Indian journal of veterinary science and animal husbandry - Volume 10,
Year: 1940
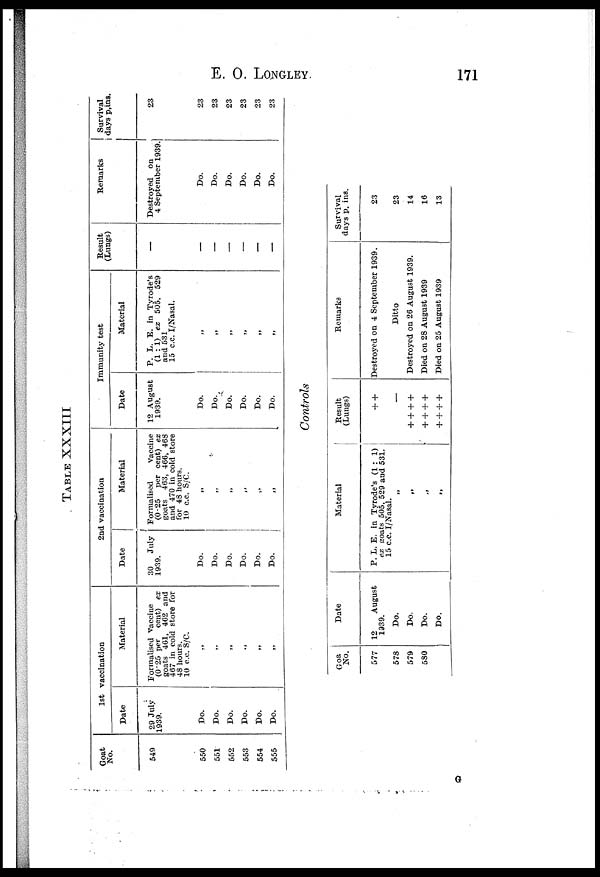
E. O. LONGLEY.
171
TABLE XXXIII
Goat
No.
549
550
551
552
553
554
555
1st vaccination
Date
29 July
1939.
Do.
Do.
Do.
Do.
Do.
Do.
Material
Formalised vaccine
(0.25 per cent) ex
goats 461, 402 and
467 in cold store for
48 hours.
10 c.c. S/C.
„
„
„
„
„
„
2nd vaccination
Date
30
July
1939.
Do.
Do.
Do.
Do.
Do.
Do.
Material
Formalised
vaccine
(0.25 per cent) ex
goats 463, 466, 468
and 470 in cold store
for 48 hours.
10 c.c. S/C.
„
„
„
„
„
„
Immunity test
Date
12 August
1939.
Do.
Do.
Do.
Do.
Do.
Do.
Material
P. L. E. in Tyrode's
(1 : 1) ex 505, 529
and 531
15 c.c. I/Nasal.
„
„
„
„
„
„
Result
(Lungs)
—
—
—
—
—
—
—
Remarks
Destroyed on
4 September 1939.
Do.
Do.
Do.
Do.
Do.
Do.
Survival
days p.ins.
23
23
23
23
23
23
23
Controls
Goa
No.
577
578
579
580
Date
12
August
1939.
Do.
Do.
Do.
Do.
Material
P. L. E. in Tyrode's (1 : 1)
ex coats 505, 529 and 531.
15 c.c. I/Nasal.
„
„
„
„
Result
(Lungs)
+ +
—
+ + + +
+ + + +
+ + + +
Remarks
Destroyed on 4 September 1939.
Ditto
Destroyed on 26 August 1939.
Died on 28 August 1939
Died on 25 August 1939
Survival
days p. ins.
23
23
14
16
13
G